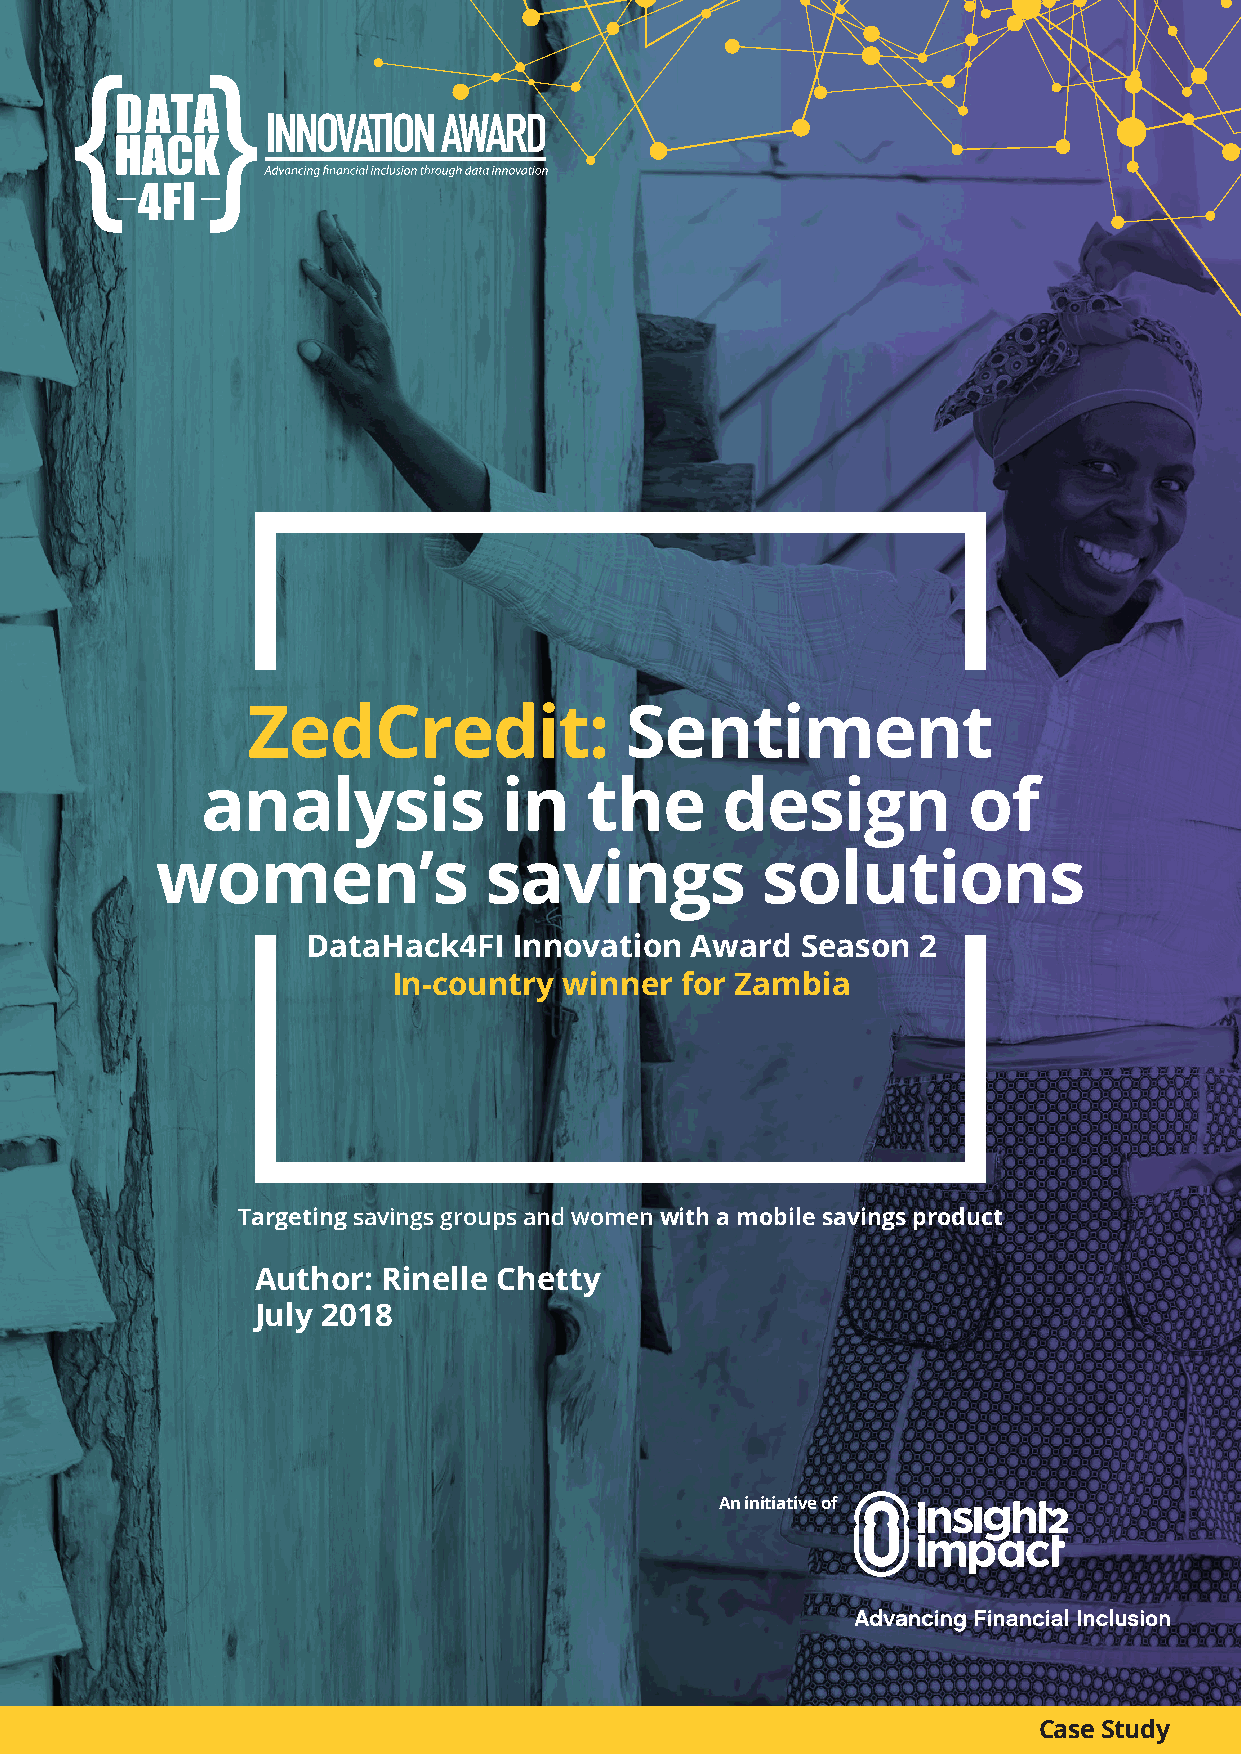
ZedCredit:               Sentiment
 analysis            in    the      design          of
 women’s               savings           solutions
 DataHack4FI   Innovation  Award  Season  2
 In-country winner  for Zambia
 Targeting savings groups and women with a mobile savings product
 Author: Rinelle Chetty
 July 2018
 An initiative of
 Case Study